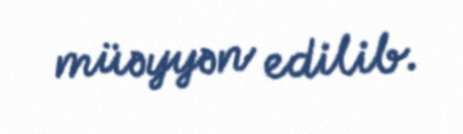
müəyyən edilib.